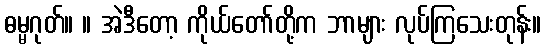
ဓမ္မဂုတ်။ ။ အဲဒီတော့ ကိုယ်တော်တို့က ဘာများ လုပ်ကြသေးတုန်း။